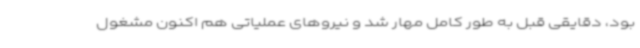
بود، دقایقی قبل به طور کامل مهار شد و نیروهای عملیاتی هم اکنون مشغول